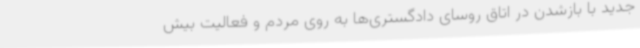
جدید با بازشدن در اتاق روسای دادگستری‌ها به روی مردم و فعالیت بیش